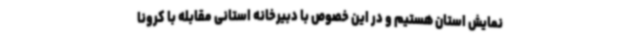
نمایش استان هستیم و در این خصوص با دبیرخانه استانی مقابله با کرونا